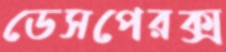
ডেসপেরক্স